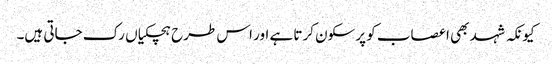
کیونکہ شہد بھی اعصاب کو پرسکون کرتا ہے اور اس طرح ہچکیاں رک جاتی ہیں۔